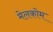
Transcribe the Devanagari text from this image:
मेलकोम